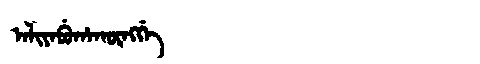
Manchu: ᠠᠯᡳᠶᠠᠪᡠᡥᠠᡴᡡᠩᡤᡝ
Romanization: ALIYABUHAKŪNGGE